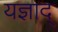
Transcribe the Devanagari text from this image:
यज्ञाद्‌